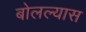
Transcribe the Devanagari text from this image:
बोलल्यास